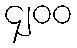
၄၂၀၀